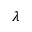
\lambda